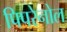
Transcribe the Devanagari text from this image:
पिपरेनोल